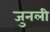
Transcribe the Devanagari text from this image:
जुनली